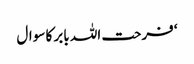
‘ فرحت اللہ بابر کا سوال